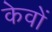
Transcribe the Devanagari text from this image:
केवों